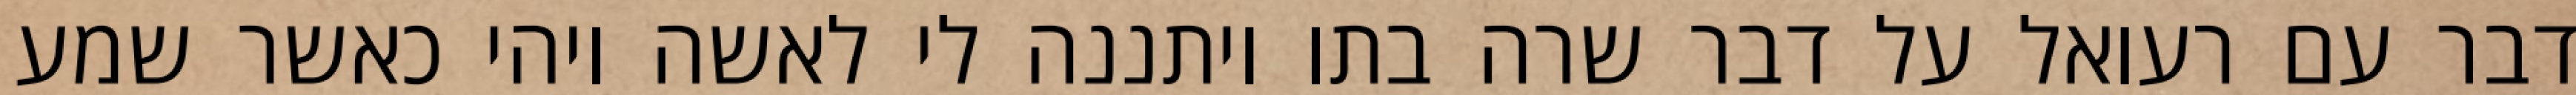
דבר עם רעואל על דבר שרה בתו ויתננה לי לאשה ויהי כאשר שמע